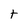
Character: t